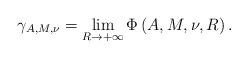
LaTeX: \begin{align*}\gamma_{A,M,\nu} = \lim_{R\to+\infty} \Phi\left(A,M,\nu,R\right).\end{align*}